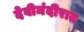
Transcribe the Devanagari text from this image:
देवीमंदीरात